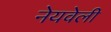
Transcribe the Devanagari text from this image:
नेयवेली